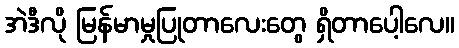
အဲဒီလို မြန်မာမှုပြုတာလေးတွေ ရှိတာပေါ့လေ။